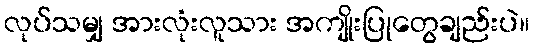
လုပ်သမျှ အားလုံးလူသား အကျိုးပြုတွေချည်းပဲ။